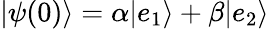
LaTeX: {\left|{\psi(0)}\right\rangle}=\alpha{\left|{e_{1}}\right\rangle}+\beta{\left|{e_{2}}\right\rangle}